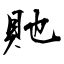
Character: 貤